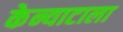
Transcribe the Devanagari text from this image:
केन्याटाला